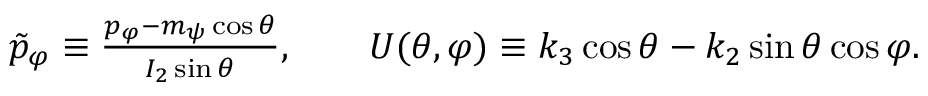
\begin{array} { r } { \tilde { p } _ { \varphi } \equiv \frac { p _ { \varphi } - m _ { \psi } \cos \theta } { I _ { 2 } \sin \theta } , \qquad U ( \theta , \varphi ) \equiv k _ { 3 } \cos \theta - k _ { 2 } \sin \theta \cos \varphi . } \end{array}